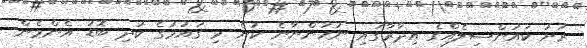
ރަށު ކައުންސިލެއްގެ އިދާރާގައި ނުހުންނާނެ ކަން މި ގައުމުގެ ކުދި ބޮޑު އެންމެން